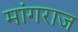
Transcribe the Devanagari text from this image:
मांगराज